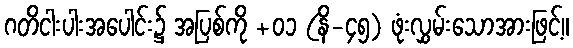
ဂတိငါးပါးအပေါင်း၌ အပြစ်ကို +၀၁ (နိ-၄၅) ဖုံးလွှမ်းသောအားဖြင့်။